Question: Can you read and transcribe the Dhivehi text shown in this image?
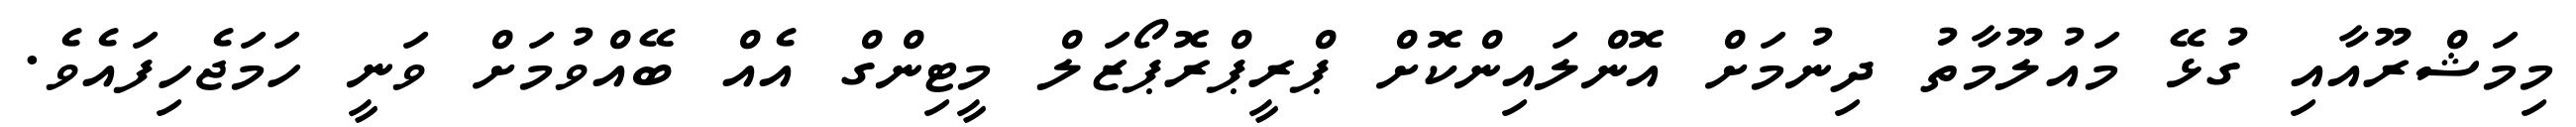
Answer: މިމަޝްރޫއާއި ގުޅޭ މައުލޫމާތު ދިނުމަށް އޮންލައިންކޮށް ޕްރީޕްރޮޕޯޒަލް މީޓިންގް އެއް ބޭއްވުމަށް ވަނީ ހަމަޖެހިފައެވެ.